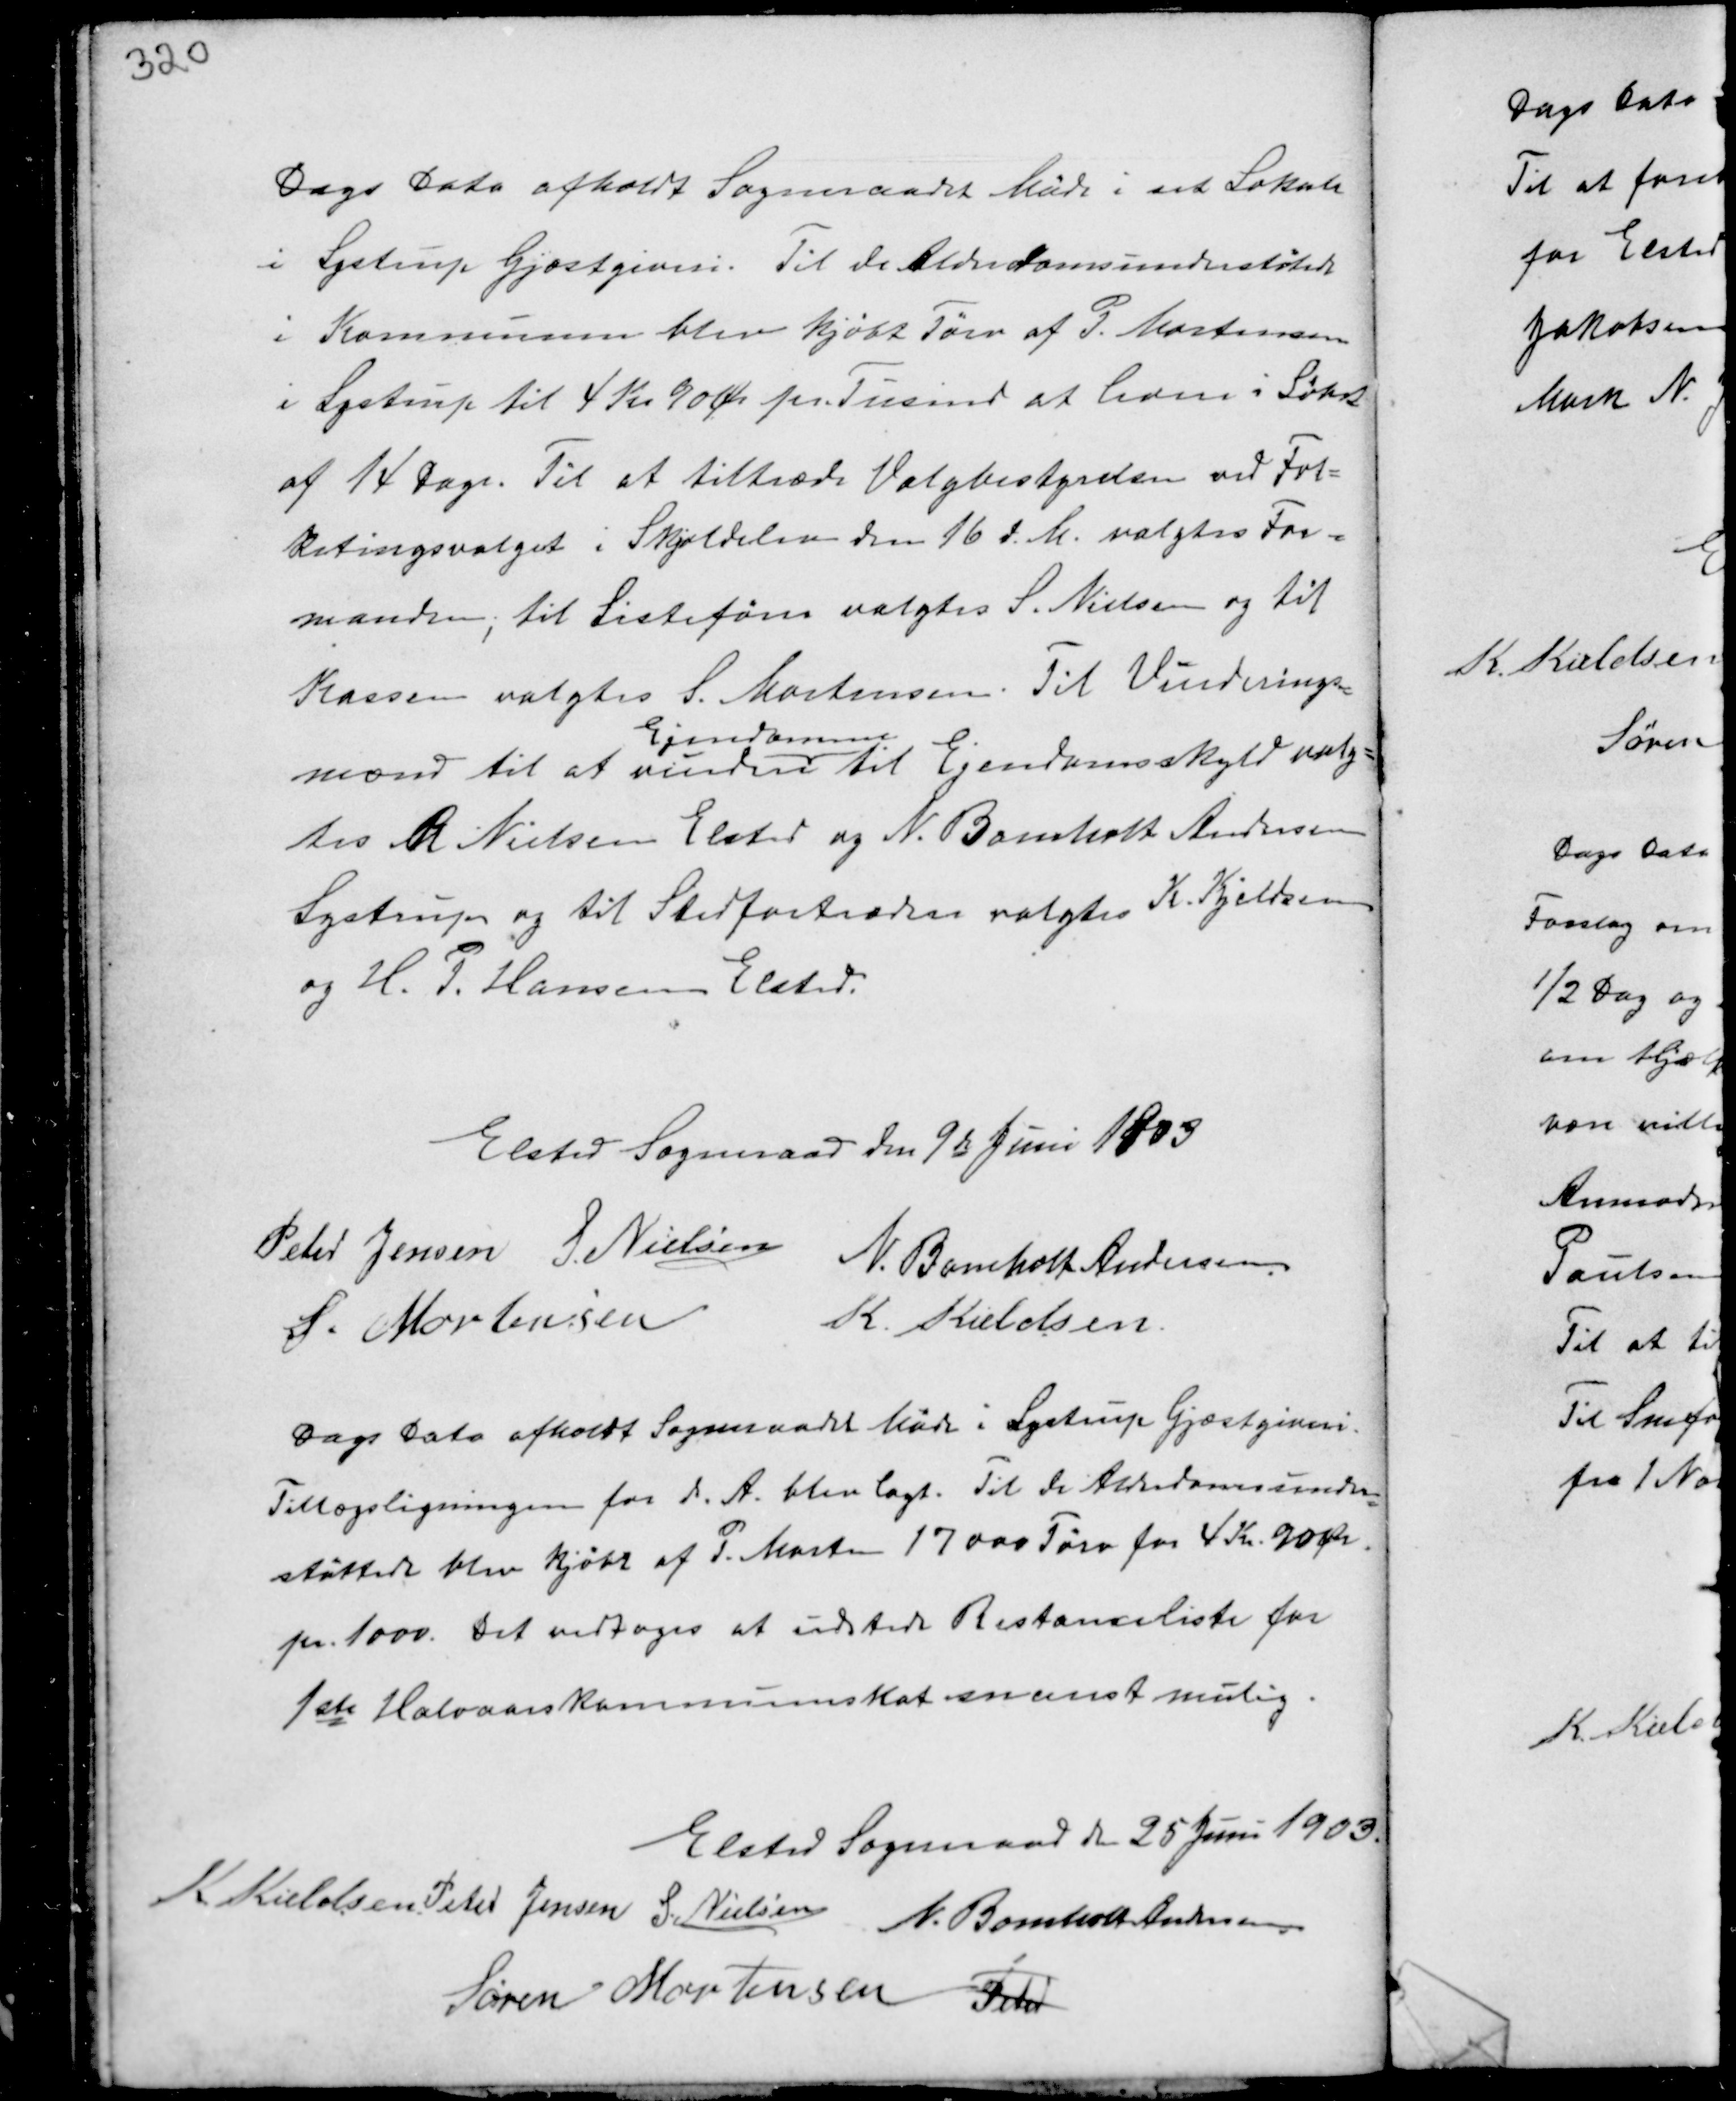
Transskription:
Dags Dato afholdt Sogneraadet Møde i sit Lokale
i Lystrup Gjæstgiveri. Til de Alderdomsunderstøttede
i Kommunen blev kjøbt Tørv af P. Mortensen
i Lystrup til 4 Kr 90 Ør pr Tusind at levere i Løbet
af 14 Dage. Til at tiltræde Valgbestyrelsen ved Fol-
ketingsvalget i Skjoldelev den 16 d.M. valgtes For-
manden, til Listefører valgtes S. Nielsen og til
Kassen valgtes S. Mortensen. Til Vurderings-
mand til at vurdere
Ejendomme
til Ejendomsskyld valg-
tes R Nielsen Elsted og N. Bomholt Andersen
Lystrup og til Stedfortrædere valgtes K. Kjeldsen
og H.P. Hansen Elsted.

Elsted Sogneraad den 9d Juni 1903
Peter Jensen S. Nielsen
N. Bomholt Andersen
S. Mortensen
K. Kieldsen

Dags Dato afholdt Sogneraadet Møde i Lystrup Gjæstgiveri.
Tillægsligningen for d.A. blev lagt. Til de Alderdomsunder-
støttede blev kjøbt af P. Morten 17000 Tørv for 4 Kr 90 Ør.
pr. 1000. Det vedtoges at udstede Restanceliste for
1st Halvaars Kommuneskat snarest mulig.

Elsted Sogneraad den 25 Juni 1903.
K. Kieldsen Peter Jensen N. Bomholt Andersen
Søren Mortensen Peter